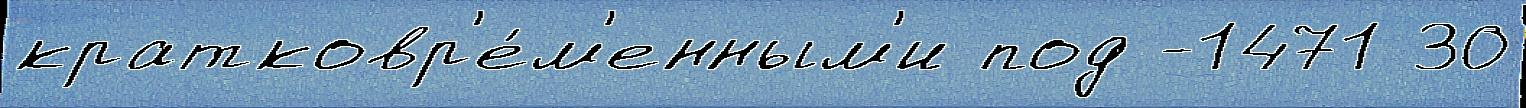
кратковр'е́м'енным'и под -1471 30